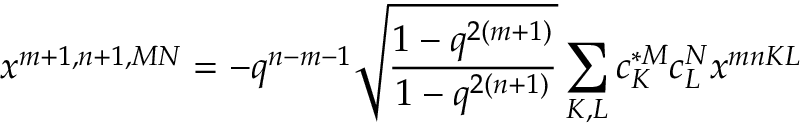
x ^ { m + 1 , n + 1 , M N } = - q ^ { n - m - 1 } \sqrt { \frac { 1 - q ^ { 2 ( m + 1 ) } } { 1 - q ^ { 2 ( n + 1 ) } } } \sum _ { K , L } c _ { K } ^ { * M } c _ { L } ^ { N } x ^ { m n K L }